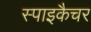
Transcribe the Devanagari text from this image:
स्पाइकैचर